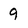
Character: 9